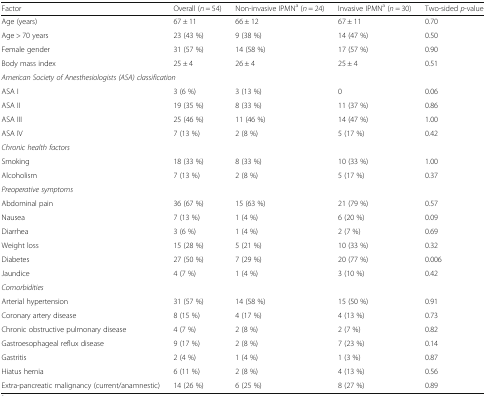
<table><thead><tr><td><b>Factor</b></td><td><b>Overall (<i>n</i> = 54)</b></td><td><b>Non-invasive IPMN<sup>a</sup> (<i>n</i> = 24)</b></td><td><b>Invasive IPMN<sup>a</sup> (<i>n</i> = 30)</b></td><td><b>Two-sided <i>p</i>-value</b></td></tr></thead><tbody><tr><td>Age (years)</td><td>67 ± 11</td><td>66 ± 12</td><td>67 ± 11</td><td>0.70</td></tr><tr><td>Age &gt; 70 years</td><td>23 (43 %)</td><td>9 (38 %)</td><td>14 (47 %)</td><td>0.50</td></tr><tr><td>Female gender</td><td>31 (57 %)</td><td>14 (58 %)</td><td>17 (57 %)</td><td>0.90</td></tr><tr><td>Body mass index</td><td>25 ± 4</td><td>26 ± 4</td><td>25 ± 4</td><td>0.51</td></tr><tr><td colspan="5"><i>American Society of Anesthesiologists (ASA) classification</i></td></tr><tr><td>ASA I</td><td>3 (6 %)</td><td>3 (13 %)</td><td>0</td><td>0.06</td></tr><tr><td>ASA II</td><td>19 (35 %)</td><td>8 (33 %)</td><td>11 (37 %)</td><td>0.86</td></tr><tr><td>ASA III</td><td>25 (46 %)</td><td>11 (46 %)</td><td>14 (47 %)</td><td>1.00</td></tr><tr><td>ASA IV</td><td>7 (13 %)</td><td>2 (8 %)</td><td>5 (17 %)</td><td>0.42</td></tr><tr><td colspan="5"><i>Chronic health factors</i></td></tr><tr><td>Smoking</td><td>18 (33 %)</td><td>8 (33 %)</td><td>10 (33 %)</td><td>1.00</td></tr><tr><td>Alcoholism</td><td>7 (13 %)</td><td>2 (8 %)</td><td>5 (17 %)</td><td>0.37</td></tr><tr><td colspan="5"><i>Preoperative symptoms</i></td></tr><tr><td>Abdominal pain</td><td>36 (67 %)</td><td>15 (63 %)</td><td>21 (79 %)</td><td>0.57</td></tr><tr><td>Nausea</td><td>7 (13 %)</td><td>1 (4 %)</td><td>6 (20 %)</td><td>0.09</td></tr><tr><td>Diarrhea</td><td>3 (6 %)</td><td>1 (4 %)</td><td>2 (7 %)</td><td>0.69</td></tr><tr><td>Weight loss</td><td>15 (28 %)</td><td>5 (21 %)</td><td>10 (33 %)</td><td>0.32</td></tr><tr><td>Diabetes</td><td>27 (50 %)</td><td>7 (29 %)</td><td>20 (77 %)</td><td>0.006</td></tr><tr><td>Jaundice</td><td>4 (7 %)</td><td>1 (4 %)</td><td>3 (10 %)</td><td>0.42</td></tr><tr><td colspan="5"><i>Comorbidities</i></td></tr><tr><td>Arterial hypertension</td><td>31 (57 %)</td><td>14 (58 %)</td><td>15 (50 %)</td><td>0.91</td></tr><tr><td>Coronary artery disease</td><td>8 (15 %)</td><td>4 (17 %)</td><td>4 (13 %)</td><td>0.73</td></tr><tr><td>Chronic obstructive pulmonary disease</td><td>4 (7 %)</td><td>2 (8 %)</td><td>2 (7 %)</td><td>0.82</td></tr><tr><td>Gastroesophageal reflux disease</td><td>9 (17 %)</td><td>2 (8 %)</td><td>7 (23 %)</td><td>0.14</td></tr><tr><td>Gastritis</td><td>2 (4 %)</td><td>1 (4 %)</td><td>1 (3 %)</td><td>0.87</td></tr><tr><td>Hiatus hernia</td><td>6 (11 %)</td><td>2 (8 %)</td><td>4 (13 %)</td><td>0.56</td></tr><tr><td>Extra-pancreatic malignancy (current/anamnestic)</td><td>14 (26 %)</td><td>6 (25 %)</td><td>8 (27 %)</td><td>0.89</td></tr></tbody></table>